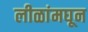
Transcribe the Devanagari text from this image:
लीळांमघून